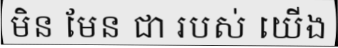
មិន មែន ជា របស់ យើង